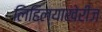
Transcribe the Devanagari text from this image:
लिहिल्याखेरीज